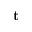
\displaystyle \mathbf { t }